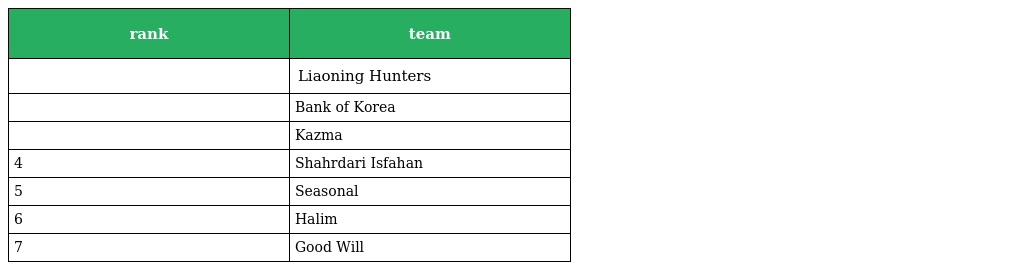
| rank | team |
 | --- | --- |
 |  | Liaoning Hunters |
 |  | Bank of Korea |
 |  | Kazma |
 | 4 | Shahrdari Isfahan |
 | 5 | Seasonal |
 | 6 | Halim |
 | 7 | Good Will |